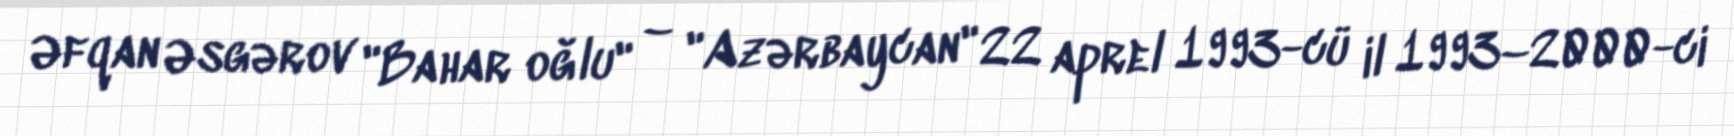
Əfqan Əsgərov "Bahar oğlu" – "Azərbaycan" 22 aprel 1993-cü il 1993–2000-ci